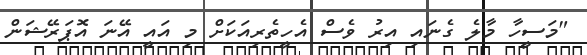
"މަސީހާ މާލެ ގެނައި އިރު ވެސް އެހީތެރިއަކަށް މި އައީ އޭނަ އޮޕަރޭޝަން